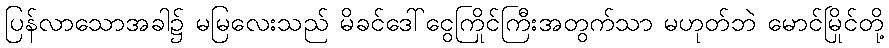
ပြန်လာသောအခါ၌ မမြလေးသည် မိခင်ဒေါ်ငွေကြိုင်ကြီးအတွက်သာ မဟုတ်ဘဲ မောင်မြိုင်တို့